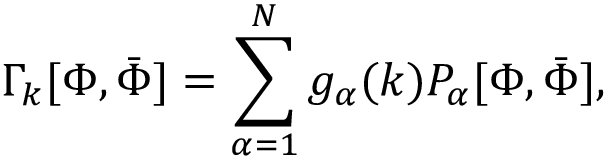
\Gamma _ { k } [ \Phi , { \bar { \Phi } } ] = \sum _ { \alpha = 1 } ^ { N } g _ { \alpha } ( k ) P _ { \alpha } [ \Phi , { \bar { \Phi } } ] ,